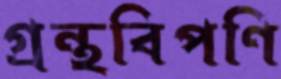
গ্রন্থবিপণি